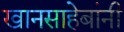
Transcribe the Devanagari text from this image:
खानसाहेबांनी